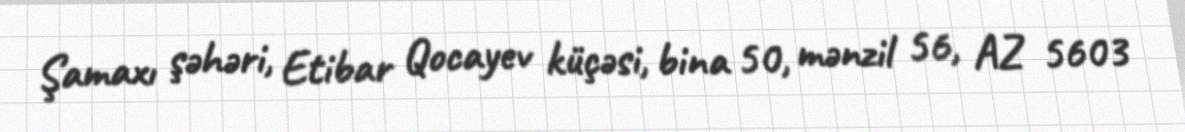
Şamaxı şəhəri, Etibar Qocayev küçəsi, bina 50, mənzil 56, AZ 5603